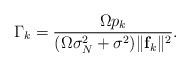
LaTeX: \begin{align*}\Gamma_{k}=\frac{\Omega{}p_{k}}{(\Omega\sigma_N^2+\sigma_{}^2)\|\mathbf{f}_k\|^2}.\end{align*}